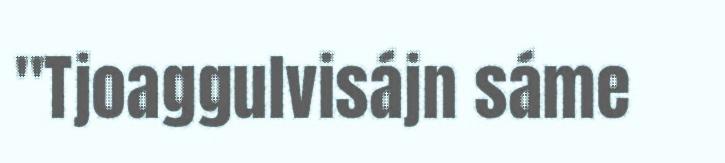
"Tjoaggulvisájn sáme